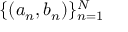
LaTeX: \{ ( a _ { n } , b _ { n } ) \} _ { n = 1 } ^ { N }